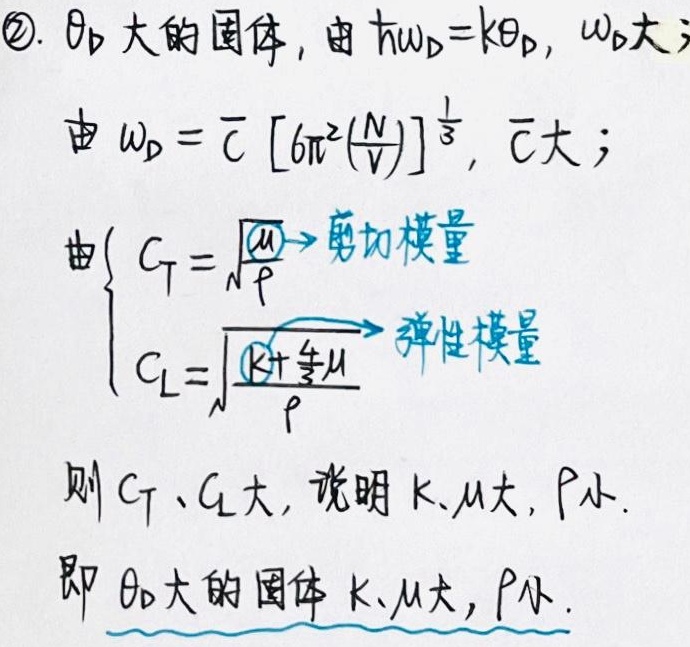
\textcircled{2}. \(\theta_D\)大的固体，由\(\hbar\omega_D = k\theta_D\)，\(\omega_D\)大；由\(\omega_D = \overline{c} \left[6\pi^{2}\left(\frac{N}{V}\right)\right]^{\frac{1}{3}}\)，\(\overline{c}\)大；由
\[
\begin{cases}
C_T = \sqrt{\frac{\mu}{\rho}}\xrightarrow{\text{剪切模量}}\\
C_L=\sqrt{\frac{K + \frac{4}{3}\mu}{\rho}}\xrightarrow{\text{弹性模量}}
\end{cases}
\]
则\(C_T\)、\(C_L\)大，说明\(K\)、\(\mu\)大，\(\rho\)小。即\(\theta_D\)大的固体\(K\)、\(\mu\)大，\(\rho\)小。